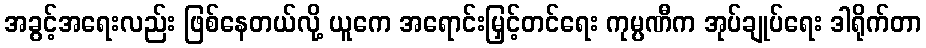
အခွင့်အရေးလည်း ဖြစ်နေတယ်လို့ ယူကေ အရောင်းမြှင့်တင်ရေး ကုမ္ပဏီက အုပ်ချုပ်ရေး ဒါရိုက်တာ